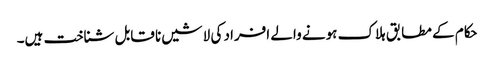
حکام کے مطابق ہلاک ہونے والے افراد کی لاشیں نا قابل شناخت ہیں۔